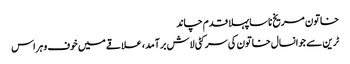
خاتون مریخ ناسا پہلا قدم چاند
ٹرین سے جوانسال خاتون کی سر کٹی لاش برآمد، علاقے میں خوف و ہراس